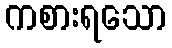
ကစားရသော